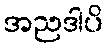
အညဒါပိ